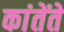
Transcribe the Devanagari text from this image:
कांतेंते